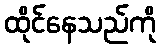
ထိုင်နေသည်ကို